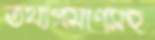
তথ্যপ্রমাণসহ